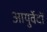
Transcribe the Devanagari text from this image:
आयुर्वेदों